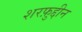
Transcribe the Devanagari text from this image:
शरफ़ुद्दीन